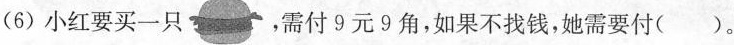
(6)小红要买一只 ，需付9元9角，如果不找钱，她需要付()。